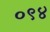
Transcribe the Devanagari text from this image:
०९४